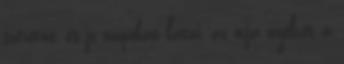
szeretne, és jó napokat látni, az óvja nyelvét a